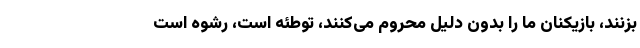
بزنند، بازیکنان ما را بدون دلیل محروم می‌کنند، توطئه است، رشوه است